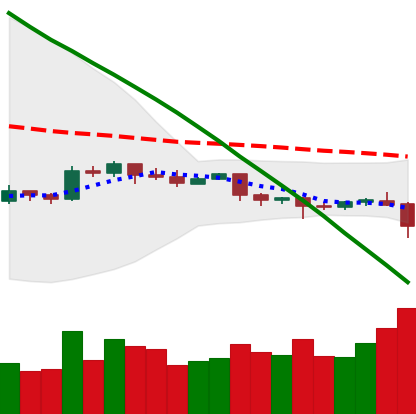
Ticker: EOS-USD
Chart end date: 2019-10-23
Forward return: 21.132%
Label: up_7plus